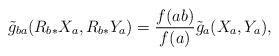
LaTeX: \begin{align*}\tilde{g}_{ba}(R_{b\ast}X_a,R_{b\ast}Y_a)=\frac{f(ab)}{f(a)}\tilde{g}_a(X_a,Y_a),\end{align*}